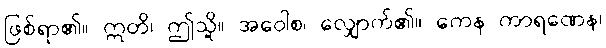
ဖြစ်ရာ၏။ ဣတိ၊ ဤသို့။ အဝေါစ၊ လျှောက်၏။ ကေန ကာရဏေန၊